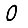
Digit: 0